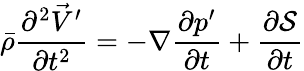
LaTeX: \bar{\rho}\frac{\partial^{2}\vec{V}^{\prime}}{\partial t^{2}}=-\nabla\frac{\partial p^{\prime}}{\partial t}+\frac{\partial\mathcal{S}}{\partial t}